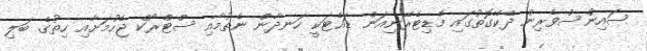
ސައިންސްވެރިން ދެކޭގޮތުގައި މެޑިޓެރޭނިއަން ޑައެޓަކީ ހަނދާން ނެތުމާއި ސްޓްރޯކް ޖެހުމަށާއި ހިތުގެ ބަލި